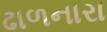
ઢાળનારા